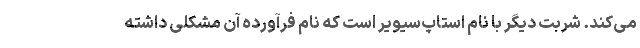
می‌کند. شربت دیگر با نام استاپ‌سیویر است که نام فرآورده آن مشکلی داشته